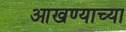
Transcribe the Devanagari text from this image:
आखण्याच्या